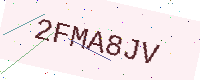
Text: 2FMA8JV